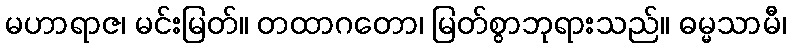
မဟာရာဇ၊ မင်းမြတ်။ တထာဂတော၊ မြတ်စွာဘုရားသည်။ ဓမ္မသာမီ၊